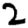
Digit: 2